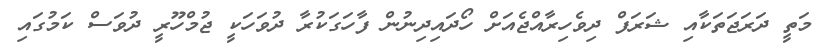
މަތީ ދަރަޖަތަކާއި ޝަރަފް ދިވެހިރާއްޖެއަށް ހޯދައިދިނުން ފާހަގަކުރާ ދުވަހަކީ ޖުމްހޫރީ ދުވަސް ކަމުގައި